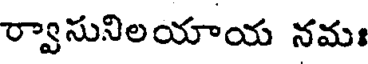
ర్వాసునిలయాయ నమః